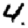
Digit: 4